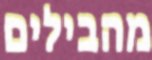
מהבילים